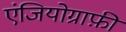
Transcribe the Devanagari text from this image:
एंजियोग्राफ़ी